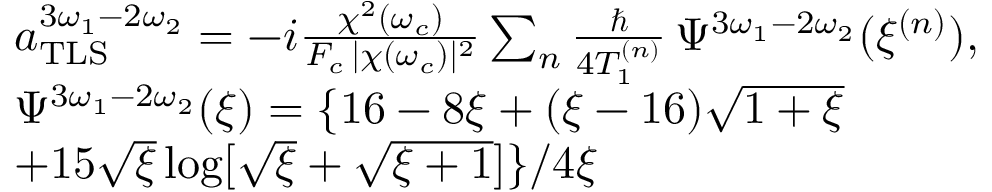
\begin{array} { r l } & { a _ { \mathrm { T L S } } ^ { 3 \omega _ { 1 } - 2 \omega _ { 2 } } = - i \frac { \chi ^ { 2 } ( \omega _ { c } ) } { F _ { c } \, | \chi ( \omega _ { c } ) | ^ { 2 } } \sum _ { n } \frac { \hbar } { 4 T _ { 1 } ^ { ( n ) } } \, \Psi ^ { 3 \omega _ { 1 } - 2 \omega _ { 2 } } ( \xi ^ { ( n ) } ) , } \\ & { \Psi ^ { 3 \omega _ { 1 } - 2 \omega _ { 2 } } ( \xi ) = \{ 1 6 - 8 \xi + ( \xi - 1 6 ) \sqrt { 1 + \xi } } \\ & { + 1 5 \sqrt { \xi } \log [ \sqrt { \xi } + \sqrt { \xi + 1 } ] \} / 4 \xi } \end{array}